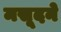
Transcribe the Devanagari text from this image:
मसूदने